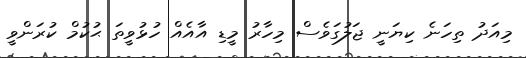
މިއަދު ތިހަނެ ކިޔަނީ ޖަލުގަވެސް މިހާރު މީޑި އާއެއް ހުޅުވީތަ ޙުކުމް ކުރަންވީ